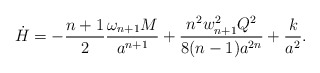
\begin{align*}\dot{H}=-{{n+1}\over 2}{{\omega_{n+1}M}\over{a^{n+1}}}+{{n^2w^2_{n+1}Q^2}\over{8(n-1)a^{2n}}}+{k\over a^2}.\end{align*}